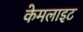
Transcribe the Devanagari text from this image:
केमलाइट